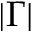
\vert \Gamma \vert